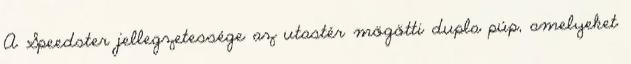
A Speedster jellegzetessége az utastér mögötti dupla púp, amelyeket